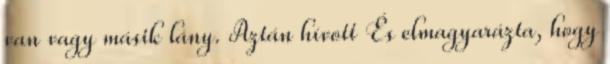
van vagy másik lány. Aztán hívott És elmagyarázta, hogy